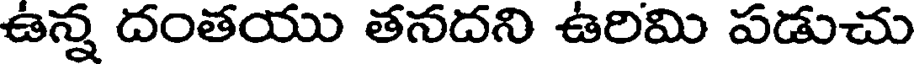
ఉన్న దంతయు తనదని ఉరిమి పడుచు